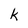
Character: k